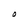
Character: O